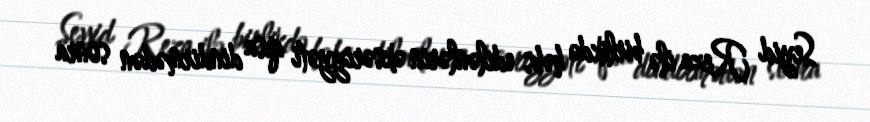
Seyid Reza ilə birlikdə həbs edilənlərin əksəriyyəti qısa dindirmədən sonra